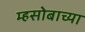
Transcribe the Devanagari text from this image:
म्हसोबाच्या